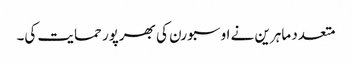
متعدد ماہرین نے اوسبورن کی بھرپور حمایت کی۔